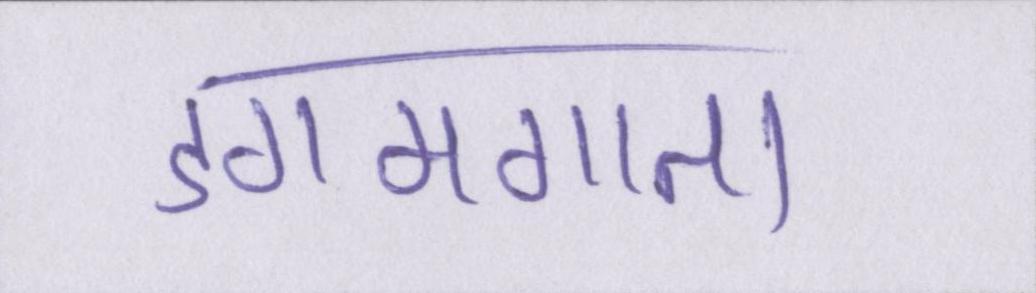
डगमगाता